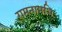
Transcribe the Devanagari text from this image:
रामनामभिः